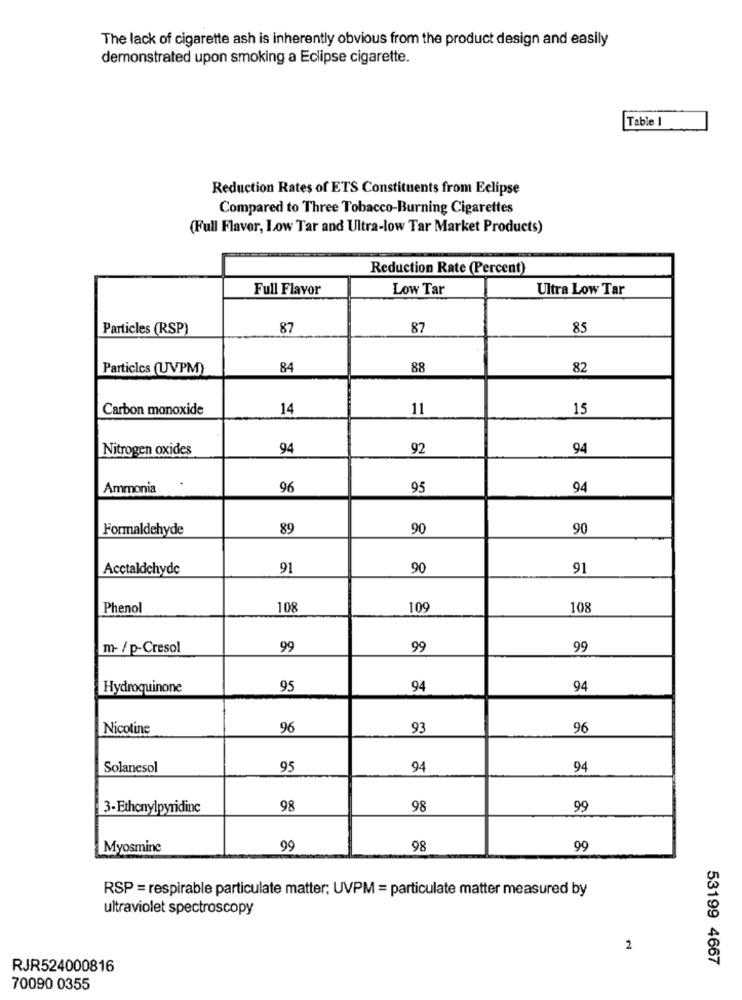
The lack of cigarette ash is inherently obvious from the product design and easily
demonstrated upon smoking a Eclipse cigarette.
Table I
Reduction Rates of ETS Constituents from Eclipse
Compared to Three Tobacco-Burning Cigarettes
(Full Flavor, Low Tar and Ultra-low Tar Market Products)
Reduction Rate (Percent)
Full Flavor
Low Tar
Ultra Low Tar
Particles (RSP)
87
87
85
Particles (UVPM)
84
88
82
Carbon monoxide
14
11
15
Nitrogen oxides
94
92
94
Ammonia
96
95
94
Formaldehyde
89
90
90
Acctaldehyde
91
90
91
Phenol
108
109
108
m- / p-Cresol
99
99
99
Hydroquinone
95
94
94
Nicotine
96
93
96
Solanesol
95
94
94
3-Ethenylpyridinc
98
98
99
Myosmine
99
98
99
RSP = respirable particulate matter; UVPM = particulate matter measured by
ultraviolet spectroscopy
2
53199 4667
RJR524000816
70090 0355